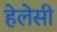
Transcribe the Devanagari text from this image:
हेलेसी